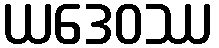
ယဒေဝဿ